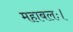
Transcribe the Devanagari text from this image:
महाबलः।